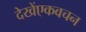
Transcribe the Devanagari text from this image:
देखेंएकवचन